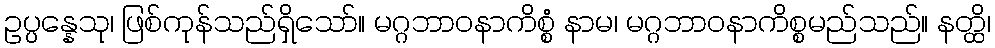
ဥပ္ပန္နေသု၊ ဖြစ်ကုန်သည်ရှိသော်။ မဂ္ဂဘာဝနာကိစ္စံ နာမ၊ မဂ္ဂဘာဝနာကိစ္စမည်သည်။ နတ္ထိ၊